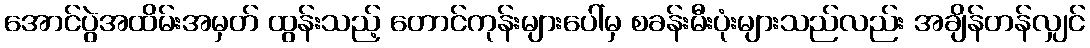
အောင်ပွဲအထိမ်းအမှတ် ထွန်းသည့် တောင်ကုန်းများပေါ်မှ စခန်းမီးပုံးများသည်လည်း အချိန်တန်လျှင်